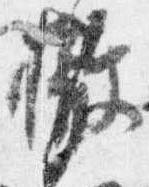
撤